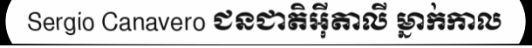
Sergio Canavero ជនជាតិអ៊ីតាលី ម្នាក់កាល